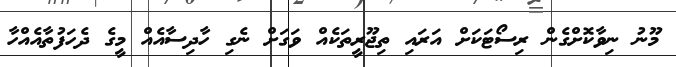
މޫނު ނިވާކޮށްގެން ރިސޯޓަކަށް އަރައި ތިޖޫރީތަކެއް ވަގަށް ނެގި ހާދިސާއެއް މީގެ ދެހަފުތާއެއްހާ